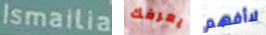
Ismailia يعرفك لاأفهم